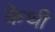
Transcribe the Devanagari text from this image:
केथी